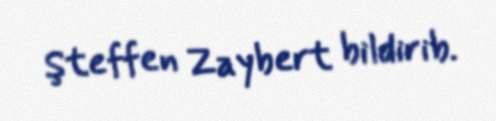
Şteffen Zaybert bildirib.